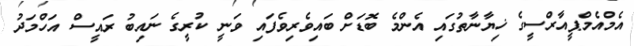
އެމްއެމްޕީއާރްސީގެ ޚިޔާނާތުގައި އެންމެ ބޮޑަށް ބައިވެރިވެފައި ވަނީ ކުރީގެ ނައިބު ރައީސް އަހްމަދު